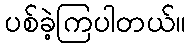
ပစ်ခဲ့ကြပါတယ်။